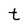
Character: t